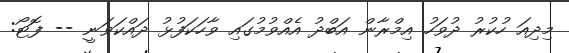
މިދިއަ ހުކުރު ދުވަހު އިމްރާން އަބްދު އެއްވުމުގައި ވާހަކަފުޅު ދައްކަވަނީ -- ފޮޓޯ: